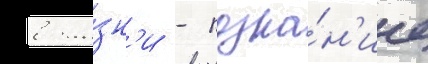
в жи́зн'и - позна́н'ие